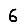
Digit: 6